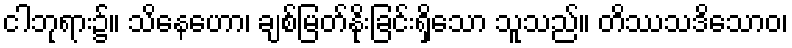
ငါဘုရား၌။ သိနေဟော၊ ချစ်မြတ်နိုးခြင်းရှိသော သူသည်။ တိဿသဒိသောဝ၊